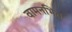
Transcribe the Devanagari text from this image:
वामनभिंत